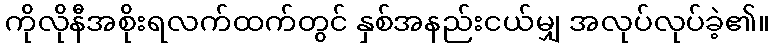
ကိုလိုနီအစိုးရလက်ထက်တွင် နှစ်အနည်းငယ်မျှ အလုပ်လုပ်ခဲ့၏။